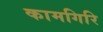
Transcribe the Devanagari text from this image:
कामगिरि